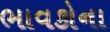
ભાવકોના